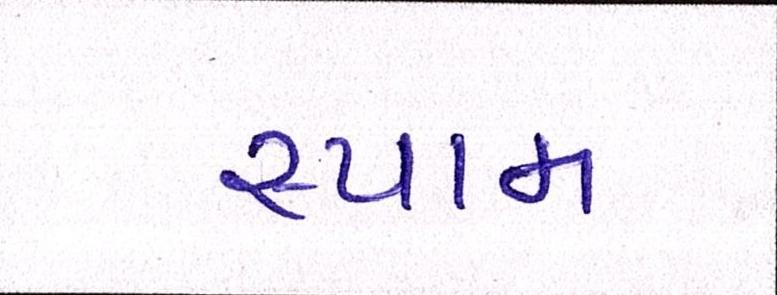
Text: સ્પામ